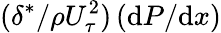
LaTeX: (\delta^{*}/{\rho U_{\tau}^{2}})\left(\mathrm{d}P/\mathrm{d}x\right)